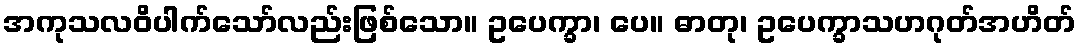
အကုသလဝိပါက်သော်လည်းဖြစ်သော။ ဥပေက္ခာ၊ ပေ။ ဓာတု၊ ဥပေက္ခာသဟဂုတ်အဟိတ်